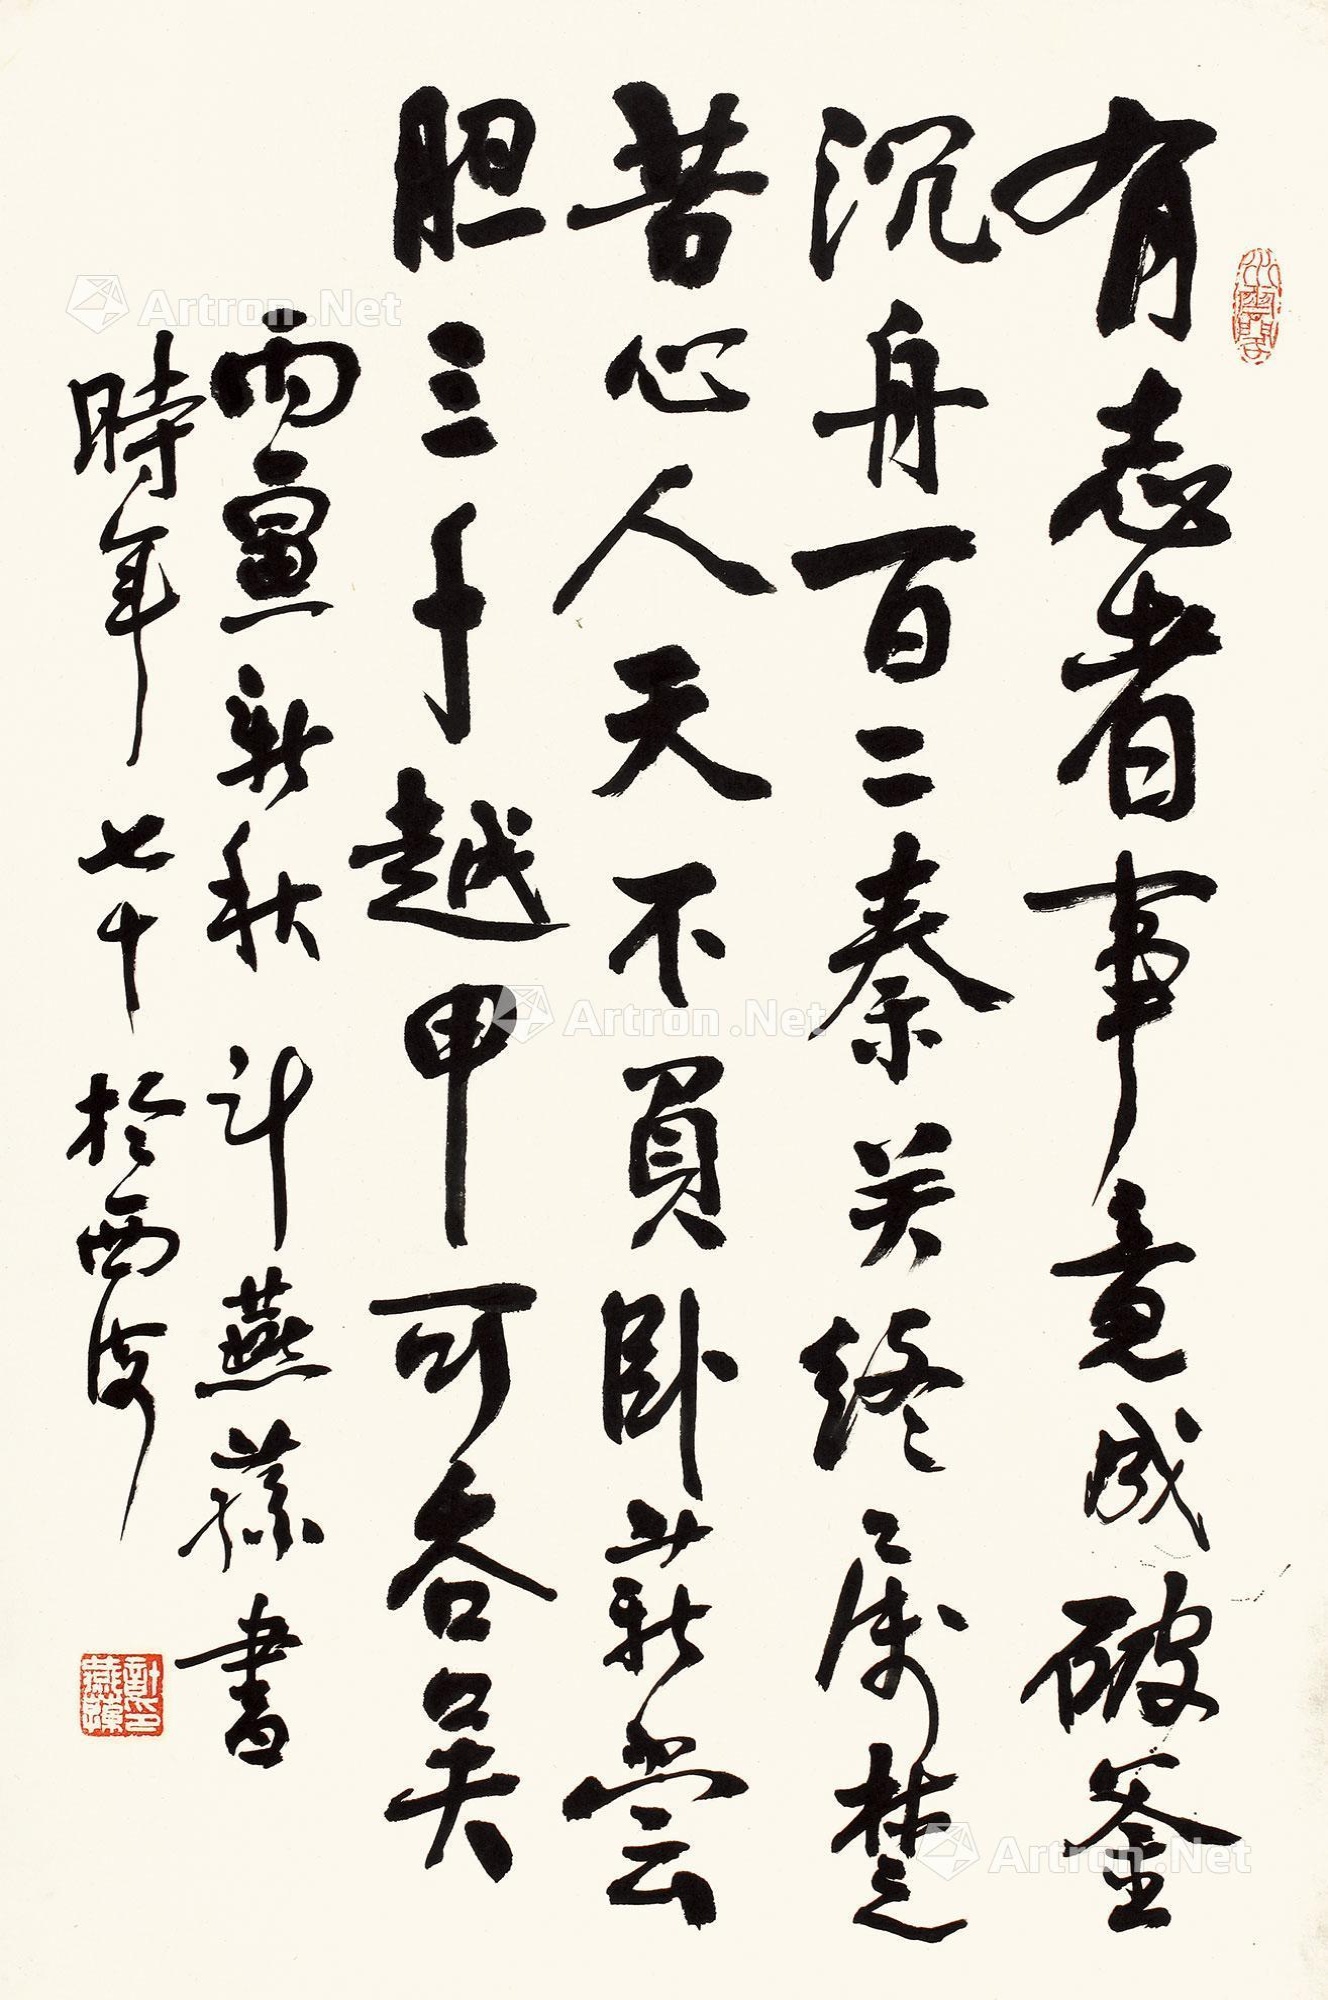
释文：有志者事竟成，破釜沉舟，百二秦关终属楚；苦心人天不负，卧薪尝胆，三千越甲可吞吴。丙寅新秋，计燕荪书，时年七十于西海。